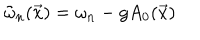
\tilde { \omega } _ { n } ( \vec { x } ) = \omega _ { n } - g A _ { 0 } ( \vec { x } )